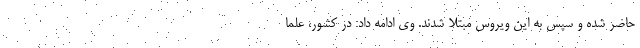
حاضر شده و سپس به این ویروس مبتلا شدند. وی ادامه داد: در کشور، علما